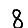
Digit: 8